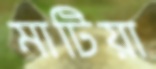
মাটিয়া